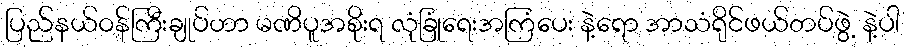
ပြည်နယ်ဝန်ကြီးချုပ်ဟာ မဏိပူအစိုးရ လုံခြုံရေးအကြံပေး နဲ့ရော အာသံရိုင်ဖယ်တပ်ဖွဲ့ နဲ့ပါ